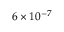
6 \times 1 0 ^ { - 7 } \